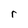
Character: r